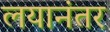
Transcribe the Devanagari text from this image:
लयानंतर